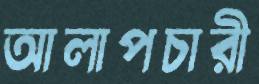
আলাপচারী